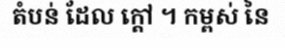
តំបន់ ដែល ក្តៅ ។ កម្ពស់ នៃ